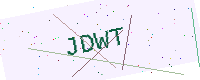
Text: JDWT